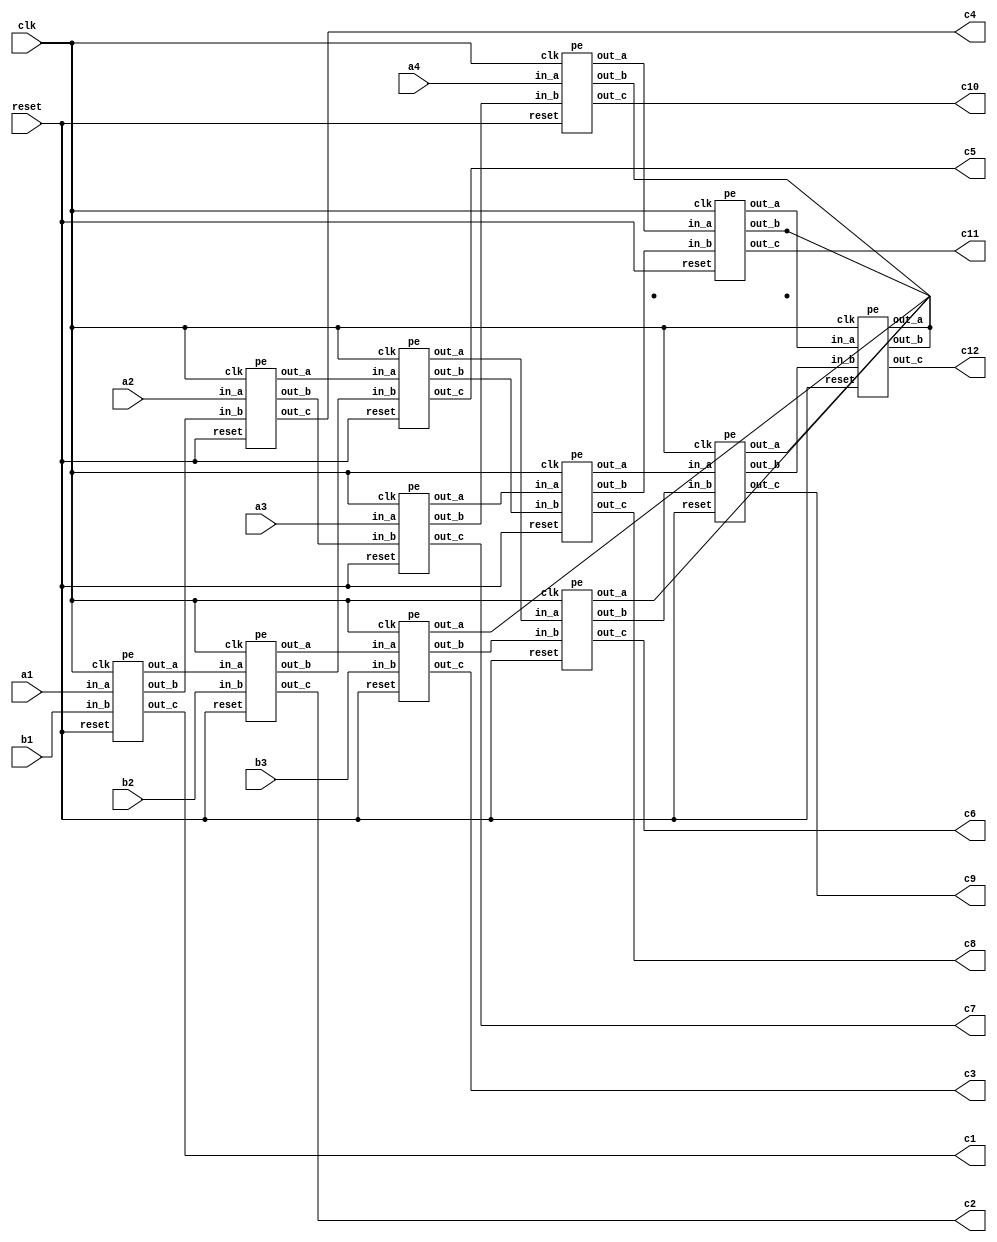
module sysarray(clk,reset,a1,a2,a3,a4,b1,b2,b3,c1,c2,c3,c4,c5,c6,c7,c8,c9,c10,c11,c12);

 parameter data_size=8;
 input wire clk,reset;
 input wire [data_size-1:0] a1,a2,a3,a4,b1,b2,b3;
 output wire [2*data_size:0] c1,c2,c3,c4,c5,c6,c7,c8,c9,c10,c11,c12;
 
 wire [data_size-1:0] a12,a23,a45,a56,a78,a89,a90,a91,b14,b25,b36,b47,b58,b69,b70,b81,b92;
 
 pe pe1 (.clk(clk), .reset(reset), .in_a(a1), .in_b(b1), .out_a(a12), .out_b(b14), .out_c(c1));
 pe pe2 (.clk(clk), .reset(reset), .in_a(a12), .in_b(b2), .out_a(a23), .out_b(b25), .out_c(c2));
 pe pe3 (.clk(clk), .reset(reset), .in_a(a23), .in_b(b3), .out_a(), .out_b(b36), .out_c(c3));
 pe pe4 (.clk(clk), .reset(reset), .in_a(a2), .in_b(b14), .out_a(a45), .out_b(b47), .out_c(c4));
 pe pe5 (.clk(clk), .reset(reset), .in_a(a45), .in_b(b25), .out_a(a56), .out_b(b58), .out_c(c5));
 pe pe6 (.clk(clk), .reset(reset), .in_a(a56), .in_b(b36), .out_a(), .out_b(b69), .out_c(c6));
 pe pe7 (.clk(clk), .reset(reset), .in_a(a3), .in_b(b47), .out_a(a78), .out_b(b70), .out_c(c7));
 pe pe8 (.clk(clk), .reset(reset), .in_a(a78), .in_b(b58), .out_a(a89), .out_b(b81), .out_c(c8));
 pe pe9 (.clk(clk), .reset(reset), .in_a(a89), .in_b(b69), .out_a(), .out_b(b92), .out_c(c9));
 pe pe10 (.clk(clk), .reset(reset), .in_a(a4), .in_b(b70), .out_a(a90), .out_b(), .out_c(c10));
 pe pe11 (.clk(clk), .reset(reset), .in_a(a90), .in_b(b81), .out_a(a91), .out_b(), .out_c(c11));
 pe pe12 (.clk(clk), .reset(reset), .in_a(a91), .in_b(b92), .out_a(), .out_b(), .out_c(c12));

endmodule

module pe(clk,reset,in_a,in_b,out_a,out_b,out_c);

 parameter data_size=8;
 input wire reset,clk;
 input wire [data_size-1:0] in_a,in_b;
 output reg [2*data_size:0] out_c;
 output reg [data_size-1:0] out_a,out_b;

 always @(posedge clk)begin
    if(reset) begin
      out_a=0;
      out_b=0;
      out_c=0;
    end
    else begin  
      out_c=out_c+in_a*in_b;
      out_a=in_a;
      out_b=in_b;
    end
 end
 
endmodule